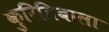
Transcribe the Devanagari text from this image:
कुरितिबाला